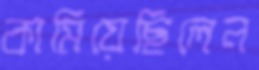
কামিয়েছিলেন